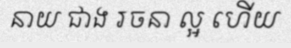
នាយ ជាង រចនា ល្អ ហើយ